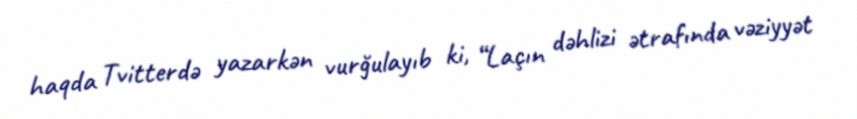
haqda Tvitterdə yazarkən vurğulayıb ki, “Laçın dəhlizi ətrafında vəziyyət